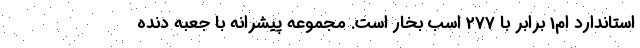
استاندارد ام1 برابر با 277 اسب بخار است. مجموعه پیشرانه با جعبه دنده